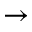
\rightarrow